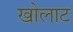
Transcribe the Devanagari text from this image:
खोलाट